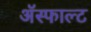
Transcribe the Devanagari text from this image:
ॲस्फाल्ट